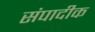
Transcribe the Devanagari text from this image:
संपादीक